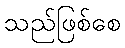
သည်ဖြစ်စေ